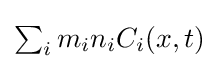
{\textstyle \sum _{i}m_{i}n_{i}C_{i}(x,t)}